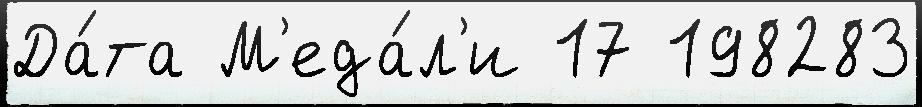
Да́та М'еда́л'и 17 198283